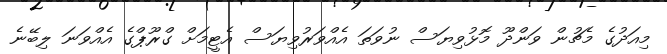
މިއަދުގެ މެޗުން ވަންދޫ މޮޅުވިޔަސް ނުވަތަ އެއްވަރުވިޔަސް އެޓީމަށް ގްރޫޕްގެ އެއްވަނަ ލިބޭނެ